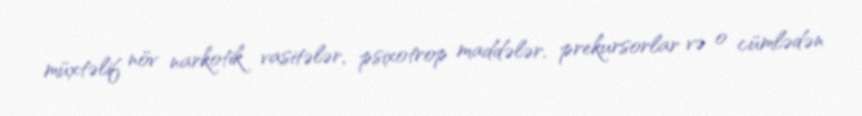
müxtəlif növ narkotik vasitələr, psixotrop maddələr, prekursorlar və o cümlədən